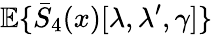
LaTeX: {\mathbb E}\{ \bar{S}_{4}(x)[\lambda,\lambda^{\prime},\gamma]\}